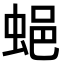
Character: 𧋾